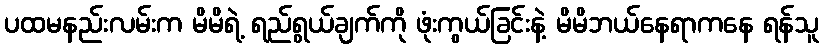
ပထမနည်းလမ်းက မိမိရဲ့ ရည်ရွယ်ချက်ကို ဖုံးကွယ်ခြင်းနဲ့ မိမိဘယ်နေရာကနေ ရန်သူ